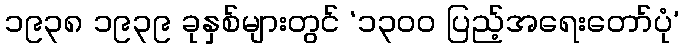
၁၉၃၈ ၁၉၃၉ ခုနှစ်များတွင် ‘၁၃၀၀ ပြည့်အရေးတော်ပုံ’